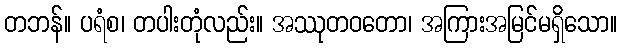
တဘန်။ ပရံစ၊ တပါးတုံလည်း။ အဿုတဝတော၊ အကြားအမြင်မရှိသော။